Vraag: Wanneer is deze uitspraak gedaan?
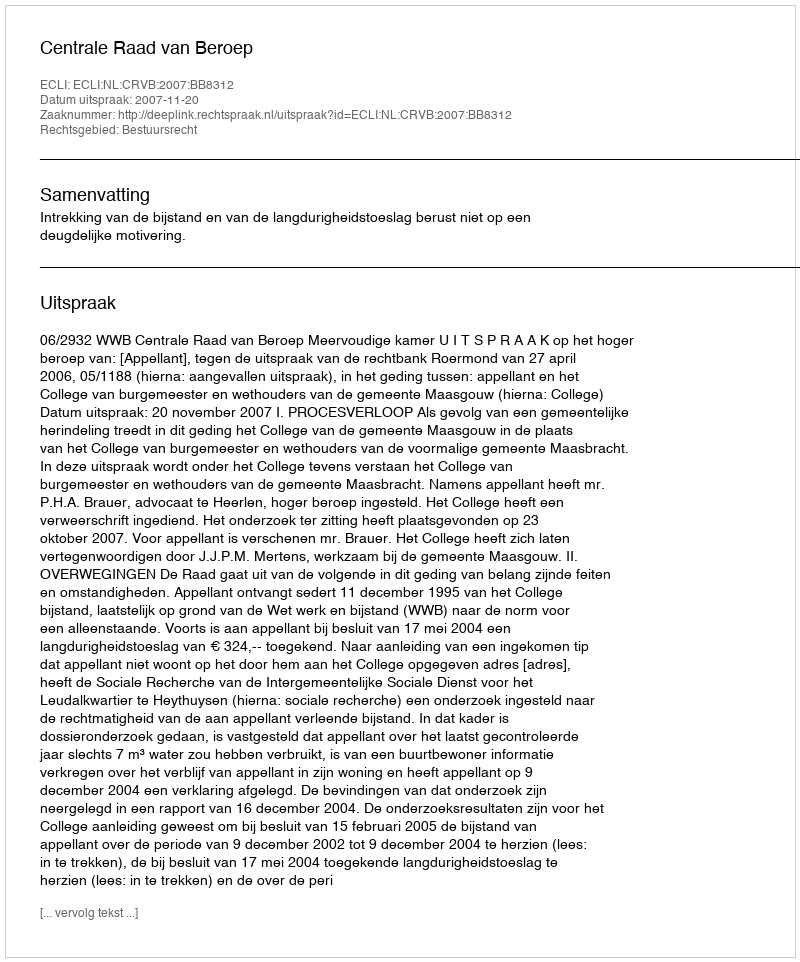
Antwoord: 2007-11-20